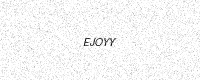
Text: EJOYY